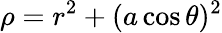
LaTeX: \rho=r^{2}+(a\cos\theta)^{2}